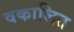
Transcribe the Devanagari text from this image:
वकालित